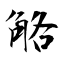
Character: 觡